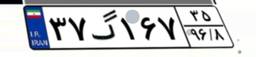
۲۲گ۲۸۲۳۶